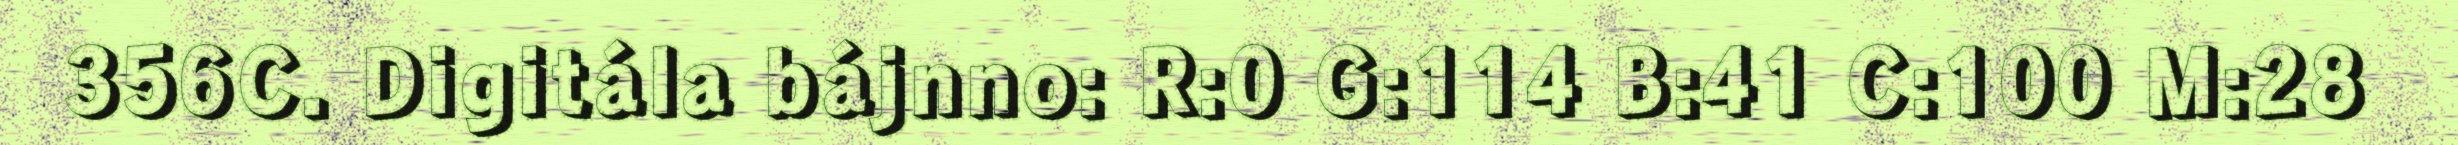
356C. Digitála bájnno: R:0 G:114 B:41 C:100 M:28